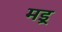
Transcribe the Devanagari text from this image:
मइ्र